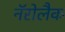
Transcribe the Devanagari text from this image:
नॅरोलैक